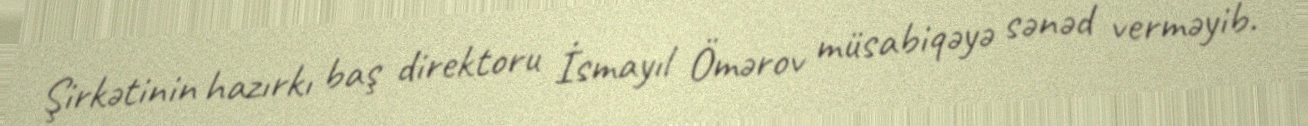
Şirkətinin hazırkı baş direktoru İsmayıl Ömərov müsabiqəyə sənəd verməyib.